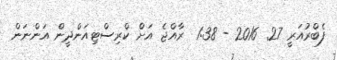
ފެބްރުއަރީ 27